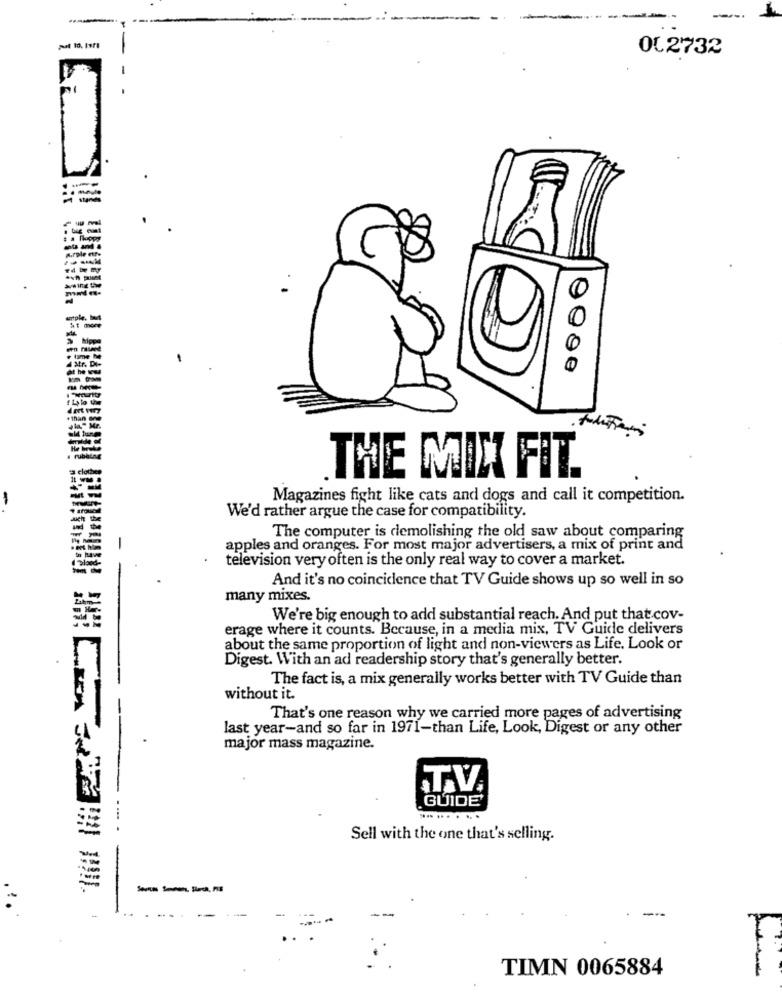
OL2732
egge
THE MIX FIT.
-
Magazines fight like cats and dogs and call it competition.
We'd rather argue the case for compatibility.
The computer is demolishing the old saw about comparing
apples and oranges. For most major advertisers, a mix of print and
television very often is the only real way to cover a market.
And it's no coincidence that TV Guide shows up so well in so
many mixes.
We're big enough to add substantial reach. And put that cov-
erage where it counts. Because, in a media mix, TV Guide delivers
about the same proportion of light and non-viewers as Life. Look or
Digest. With an ad readership story that's generally better.
The fact is, a mix generally works better with TV Guide than
without it.
-
That's one reason why we carried more pages of advertising
last year-and so far in 1971-than Life, Look, Digest or any other
major mass magazine.
GUIDE
.... ... . ...
Sell with the one that's selling.
-
TIMN 0065884